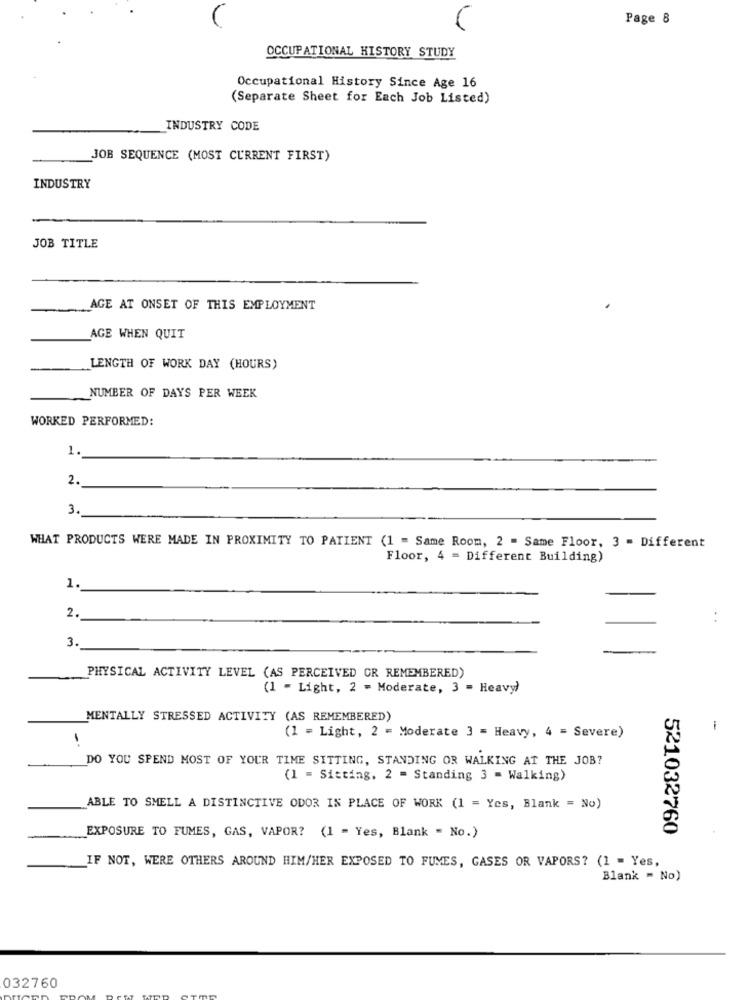
Page 8
OCCUPATIONAL HISTORY STUDY
Occupational History Since Age 16
(Separate Sheet for Each Job Listed)
INDUSTRY CODE
JOB SEQUENCE (MOST CURRENT FIRST)
INDUSTRY
JOB TITLE
AGE AT ONSET OF THIS EMPLOYMENT
AGE WHEN QUIT
LENGTH OF WORK DAY (HOURS)
NUMBER OF DAYS PER WEEK
WORKED PERFORMED:
1.
2.
3.
WHAT PRODUCTS WERE MADE IN PROXIMITY TO PATIENT (1 = Same Room, 2 = Same Floor, 3 = Different
Floor, 4 = Different Building)
1.
2.
. .
3.
PHYSICAL ACTIVITY LEVEL (AS PERCEIVED CR REMEMBERED)
(1 - Light, 2 - Moderate, 3 - Heavy)
MENTALLY STRESSED ACTIVITY (AS REMEMBERED)
i
(1 = Light, 2 = Moderate 3 = Heavy, 4 = Severe)
DO YOU SPEND MOST OF YOUR TIME SITTING, STANDING OR WALKING AT THE JOB?
(1 = Sitting, 2 = Standing 3 = Walking)
ABLE TO SMELL A DISTINCTIVE ODOR IN PLACE OF WORK (1 = Yes, Blank = No)
521032760
EXPOSURE TO FUMES, GAS, VAPOR? (1 - Yes, Blank = No.)
IF NOT, WERE OTHERS AROUND HIM/HER EXPOSED TO FUMES, GASES OR VAPORS? (1 = Yes,
Blank = No)
032760